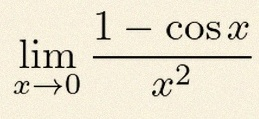
\lim_{x\to0}\frac{1-\cos x}{x^2}=\frac12